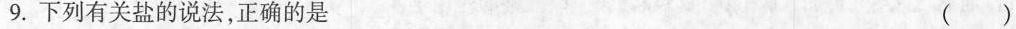
9.下列有关盐的说法，正确的是 ( )